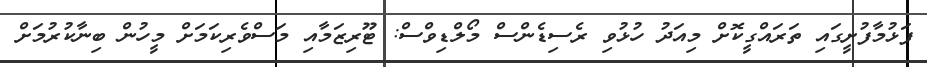
ފަޅުމާފުށީގައި ތަރައްގީކޮށް މިއަދު ހުޅުވި ރެސިޑެންސް މޯލްޑިވްސް: ޓޫރިޒަމާއި މަސްވެރިކަމަށް މީހުން ބިނާކުރުމަށް